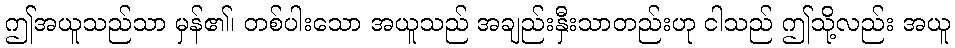
ဤအယူသည်သာ မှန်၏၊ တစ်ပါးသော အယူသည် အချည်းနှီးသာတည်းဟု ငါသည် ဤသို့လည်း အယူ